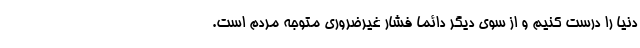
دنیا را درست کنیم و از سوی دیگر دائما فشار غیرضروری متوجه مردم است.